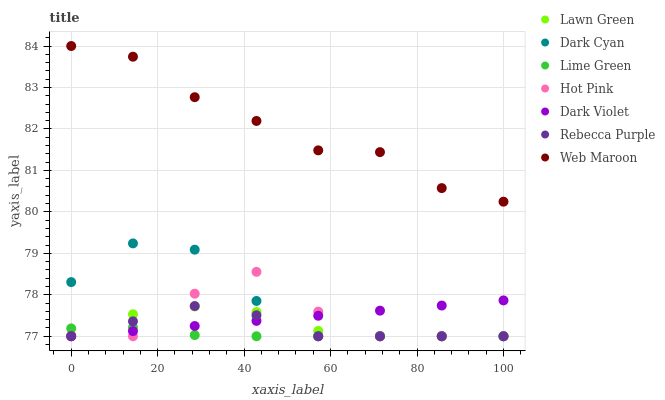
| xaxis_label | Lawn Green | Dark Cyan | Lime Green | Hot Pink | Dark Violet | Rebecca Purple | Web Maroon |
 | --- | --- | --- | --- | --- | --- | --- | --- |
 | 0 | 77 | 78.3 | 77.2 | 77 | 77 | 77 | 84 |
 | 14.3 | 77.5 | 79.2 | 77.2 | 77 | 77.1 | 77.4 | 83.7 |
 | 28.6 | 77.7 | 79.1 | 77 | 78 | 77.2 | 77.7 | 82.8 |
 | 42.9 | 77.6 | 77.9 | 77 | 78.6 | 77.4 | 77.5 | 82.2 |
 | 57.1 | 77.1 | 77 | 77 | 77.6 | 77.5 | 77 | 81.5 |
 | 71.4 | 77 | 77 | 77 | 77 | 77.6 | 77 | 81.4 |
 | 85.7 | 77 | 77 | 77 | 77 | 77.7 | 77 | 80.6 |
 | 100 | 77 | 77 | 77 | 77 | 77.9 | 77 | 80.2 |